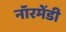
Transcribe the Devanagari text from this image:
नॉरमेंडी